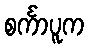
စင်္ကာပူက